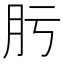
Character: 肟